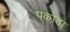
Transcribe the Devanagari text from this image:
पकोडा